Report on sanitation, dispensaries, and jails in Rajputana for 1919, and on vaccination for the year 1919-1920 - 1919-1920
Year: 1919
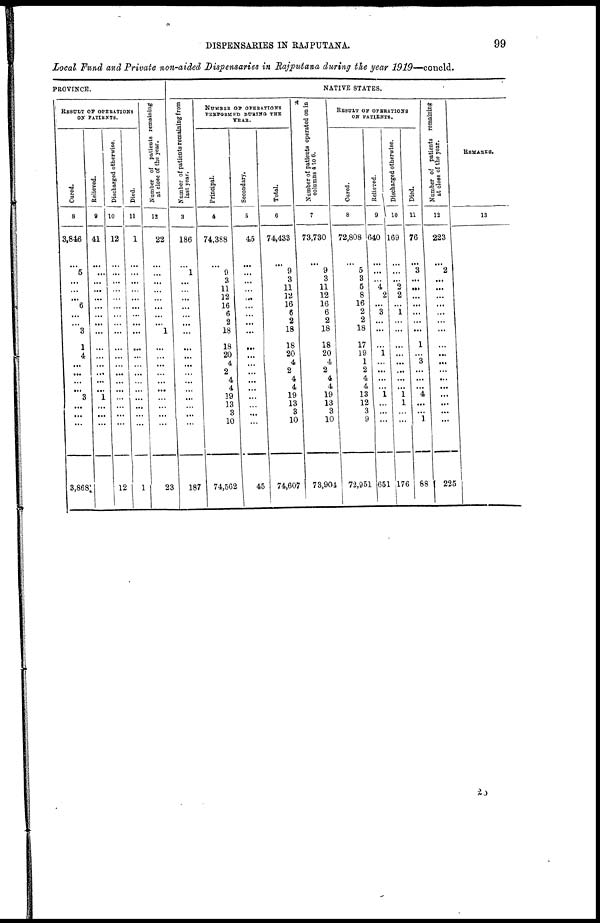
DISPENSARIES IN RAJPUTANA.
99
Local Fund and Private non-aided Dispensaries in Rajputana during the year 1919—concld.
PROVINCE.
RESULT OF OPERATIONS
OF PATIENTS.
Cured.
8
3,846
...
5
...
...
...
6
...
...
3
1
4
...
...
...
...
3
...
...
...
3,868
Relieved.
9
41
...
...
...
...
...
...
...
...
...
...
...
...
...
...
...
1
...
...
...
Discharged otherwise.
10
12
...
...
...
...
...
...
...
...
...
...
...
...
...
...
...
...
...
...
...
12
Died.
11
1
...
...
...
...
...
...
...
...
...
...
...
...
...
...
...
...
...
...
...
1
Number of patients remaining
at close of the year.
12
22
...
...
...
...
...
...
......
...
1
...
...
...
...
...
...
...
...
...
...
23
NATIVE STATES.
Number of patients remaining from
last year.
3
186
...
1
...
...
...
...
...
...
...
...
...
...
...
...
...
...
...
...
...
187
NUMBER OF OPERATIONS
PERFORMED DURING
THE
YEAR.
Principal.
4
74,388
...
9
3
11
12
16
6
2
18
18
20
4
2
4
4
19
13
3
10
74,562
Secondary.
5
45
...
...
...
...
...
...
...
...
...
...
...
...
...
...
...
...
...
...
...
45
Total.
6
74,433
...
9
3
11
12
16
6
2
18
18
20
4
2
4
4
19
13
3
10
74,607
Number of patients operated on in
columns 4 to 6.
7
73,730
...
9
3
11
12
16
6
2
18
18
20
4
2
4
4
19
13
3
10
73,904
RESULT OF OPERATIONS
ON PATIENTS.
Cured.
8
72,808
...
5
3
5
8
16
2
2
18
17
19
1
2
4
4
13
12
3
9
72,951
Relieved.
9
640
...
...
...
4
2
...
3
...
...
...
1
...
...
...
...
1
...
...
...
651
Discharged otherwise.
10
169
...
...
...
2
2
...
1
...
...
...
...
... ...
...
...
1
1
...
...
176
Died.
11
76
...
3
...
...
...
...
...
...
...
1
... 3
...
...
...
4
...
...
1
88
Number of patients remaining
at close of the year.
12
223
...
2
...
...
...
...
...
...
...
...
...
... ...
...
...
...
...
...
...
225
REMARKS.
13